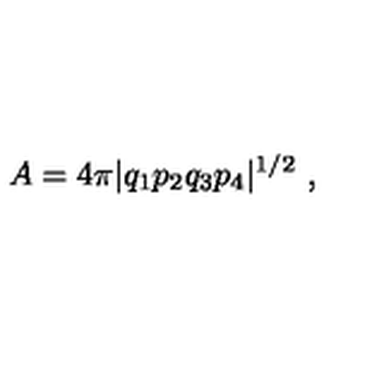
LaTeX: A = 4 \pi | q _ { 1 } p _ { 2 } q _ { 3 } p _ { 4 } | ^ { 1 / 2 } \ ,